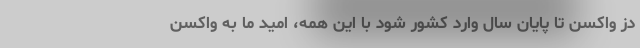
دُز واکسن تا پایان سال وارد کشور شود با این همه، امید ما به واکسن